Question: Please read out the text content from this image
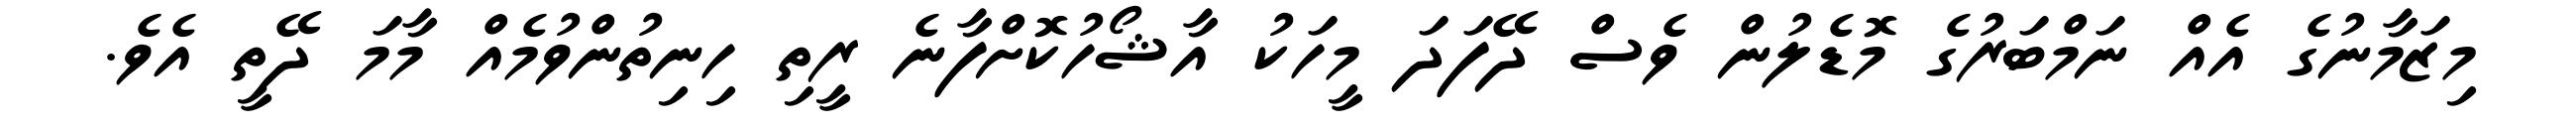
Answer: މިޒަމާނުގެ އެއް ނަމްބަރުގެ މޮޑެލުން ވެސް ދޭފަދަ މީހަކު އާޝޯހުކޮށްފާނެ ރީތި ހިނިތުންވުމެއް މާމަ ދޭތީ އެވެ.